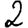
Digit: 2